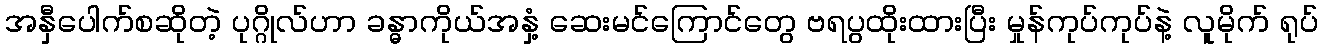
အနှီပေါက်စဆိုတဲ့ ပုဂ္ဂိုလ်ဟာ ခန္ဓာကိုယ်အနှံ့ ဆေးမင်ကြောင်တွေ ဗရပွထိုးထားပြီး မှုန်ကုပ်ကုပ်နဲ့ လူမိုက် ရုပ်